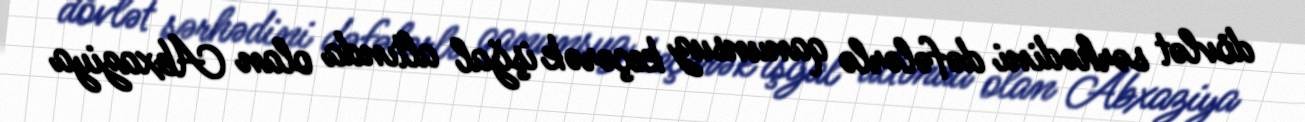
dövlət sərhədini dəfələrlə qanunsuz keçərək işğal altında olan Abxaziya